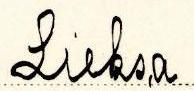
Lieksa